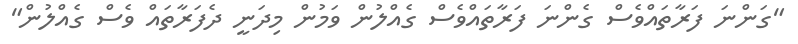
"ގަންނަ ފަރާތައްވެސް ގެންނަ ފަރާތައްވެސް ގެއްލުން ވަމުން މިދަނީ ދެފަރާތައް ވެސް ގެއްލުން"